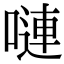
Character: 嗹